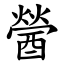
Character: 醟